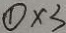
\textcircled { 1 } \times 3